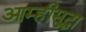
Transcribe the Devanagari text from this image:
आम्हीसुद्धा